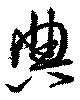
典